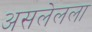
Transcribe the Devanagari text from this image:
असलेलला